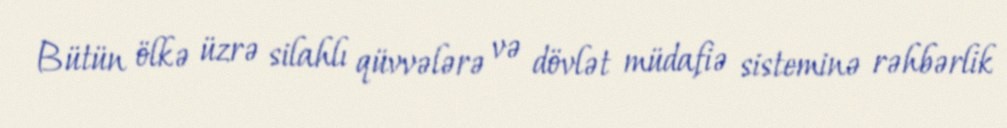
Bütün ölkə üzrə silahlı qüvvələrə və dövlət müdafiə sisteminə rəhbərlik